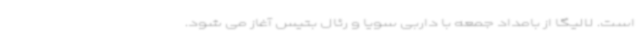
است. لالیگا از بامداد جمعه با داربی سویا و رئال بتیس آغاز می شود.